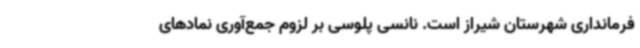
فرمانداری شهرستان شیراز است. نانسی پلوسی بر لزوم جمع‌آوری نمادهای